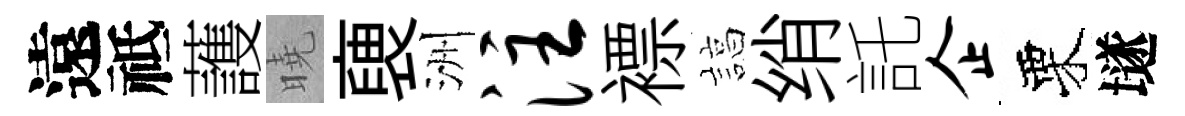
遠祗䕶曉褏洲注褾諄绡託企栗𡑞